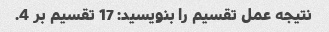
نتیجه عمل تقسیم را بنویسید: 17 تقسیم بر 4.